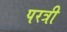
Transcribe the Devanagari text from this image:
परत्री